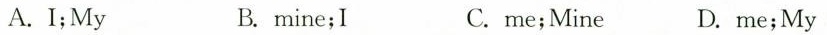
A. I;My B. mine;I C. me;Mine D. me;My